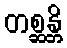
တစ္ဆန္တိ